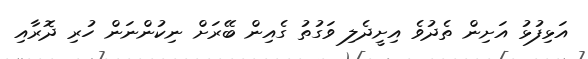
އަޅިފުޅު އަށިން ތެދުވެ އިށީދެލި ވަގުތު ގެއިން ބޭރަށް ނިކުންނަން ހުރި ދޮރާއި